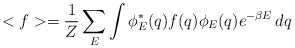
\begin{align*}<f> = \frac{1}{Z}\sum_E \int \phi^*_E(q) f(q) \phi_E(q)e^{-\beta E} \, dq \end{align*}